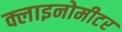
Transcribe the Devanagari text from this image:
क्लाइनोमीटर